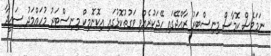
ނަމަވެސް ކޮމާސް މިނިސްޓަރު ރާއްޖޭގައި ހޭދަކުރެއްވި ވަގުތުކޮޅުގައި އިކޮނޮމިކް މިނިސްޓަރު މުހައްމަދު ސައީދާ